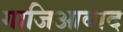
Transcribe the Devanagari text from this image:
गाजिआबाद